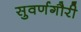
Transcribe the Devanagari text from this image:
सुवर्णगौरी